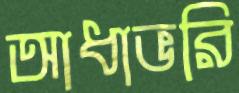
আধাভরি